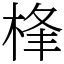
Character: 桻